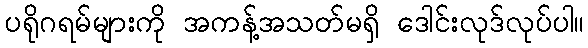
ပရိုဂရမ်များကို အကန့်အသတ်မရှိ ဒေါင်းလုဒ်လုပ်ပါ။